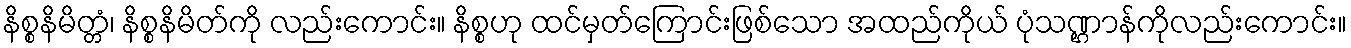
နိစ္စနိမိတ္တံ၊ နိစ္စနိမိတ်ကို လည်းကောင်း။ နိစ္စဟု ထင်မှတ်ကြောင်းဖြစ်သော အထည်ကိုယ် ပုံသဏ္ဌာန်ကိုလည်းကောင်း။